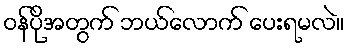
ဝန်ပိုအတွက် ဘယ်လောက် ပေးရမလဲ။